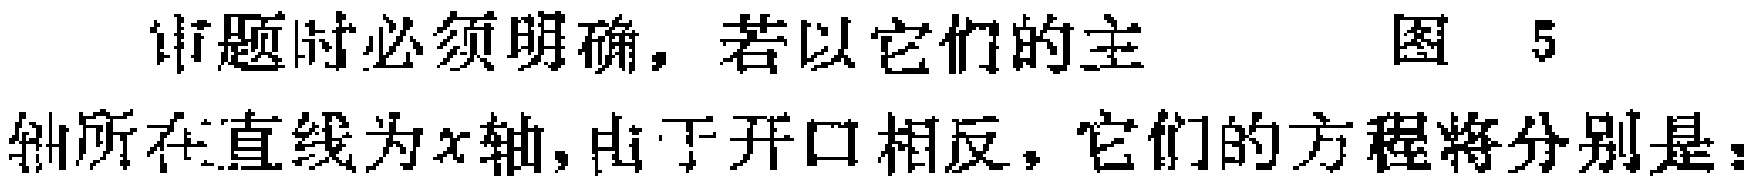
审题时必须明确，若以它们的主 图 5
轴所在直线为\(x\)轴,由于开口相反，它们的方程将分别是：